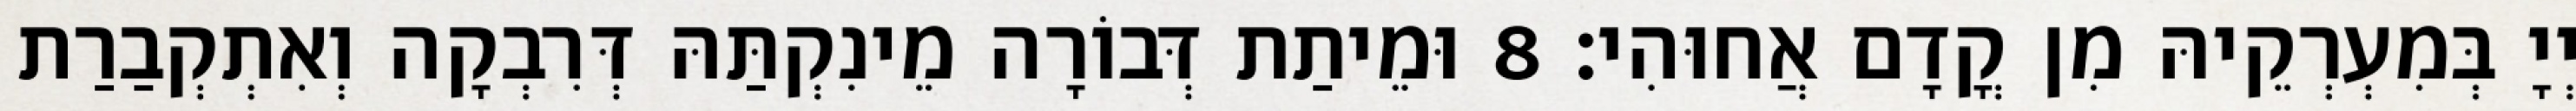
יְיָ בְּמִעְרְקֵיהּ מִן קֳדָם אֲחוּהִי׃ 8 וּמֵיתַת דְּבוֹרָה מֵינִקְתַּהּ דְּרִבְקָה וְאִתְקְבַרַת